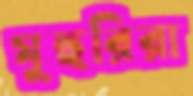
মুহুরিরা